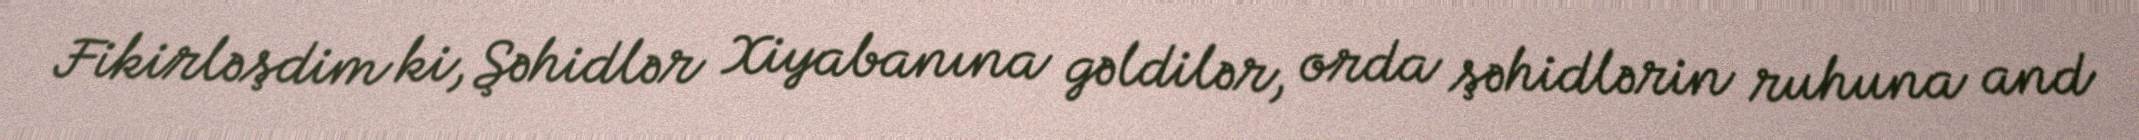
Fikirləşdim ki, Şəhidlər Xiyabanına gəldilər, orda şəhidlərin ruhuna and